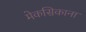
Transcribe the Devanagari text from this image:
मेकसिकाना